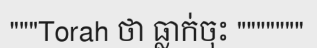
"""Torah ថា ធ្លាក់ចុះ """""""